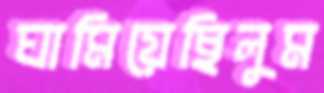
ঘামিয়েছিলুম